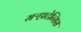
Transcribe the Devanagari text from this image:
मऱ्हाटेन्सिस